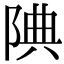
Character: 𨹻